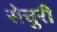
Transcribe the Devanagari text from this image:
सेचुरी